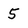
Character: 5